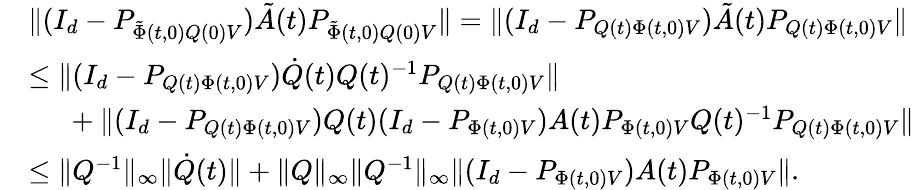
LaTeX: \begin{array}{rl}&{\| (I_{d}-P_{\tilde{\Phi}(t,0)Q(0)V})\tilde{A}(t)P_{\tilde{\Phi}(t,0)Q(0)V}\| =\| (I_{d}-P_{Q(t)\Phi(t,0)V})\tilde{A}(t)P_{Q(t)\Phi(t,0)V}\| }\\ &{\le\| (I_{d}-P_{Q(t)\Phi(t,0)V})\dot{Q}(t)Q(t)^{-1}P_{Q(t)\Phi(t,0)V}\| }\\ &{\phantom{=\ }+\| (I_{d}-P_{Q(t)\Phi(t,0)V})Q(t)(I_{d}-P_{\Phi(t,0)V})A(t)P_{\Phi(t,0)V}Q(t)^{-1}P_{Q(t)\Phi(t,0)V}\| }\\ &{\le\| Q^{-1}\| _{\infty}\| \dot{Q}(t)\| +\| Q\| _{\infty}\| Q^{-1}\| _{\infty}\| (I_{d}-P_{\Phi(t,0)V})A(t)P_{\Phi(t,0)V}\| .}\end{array}